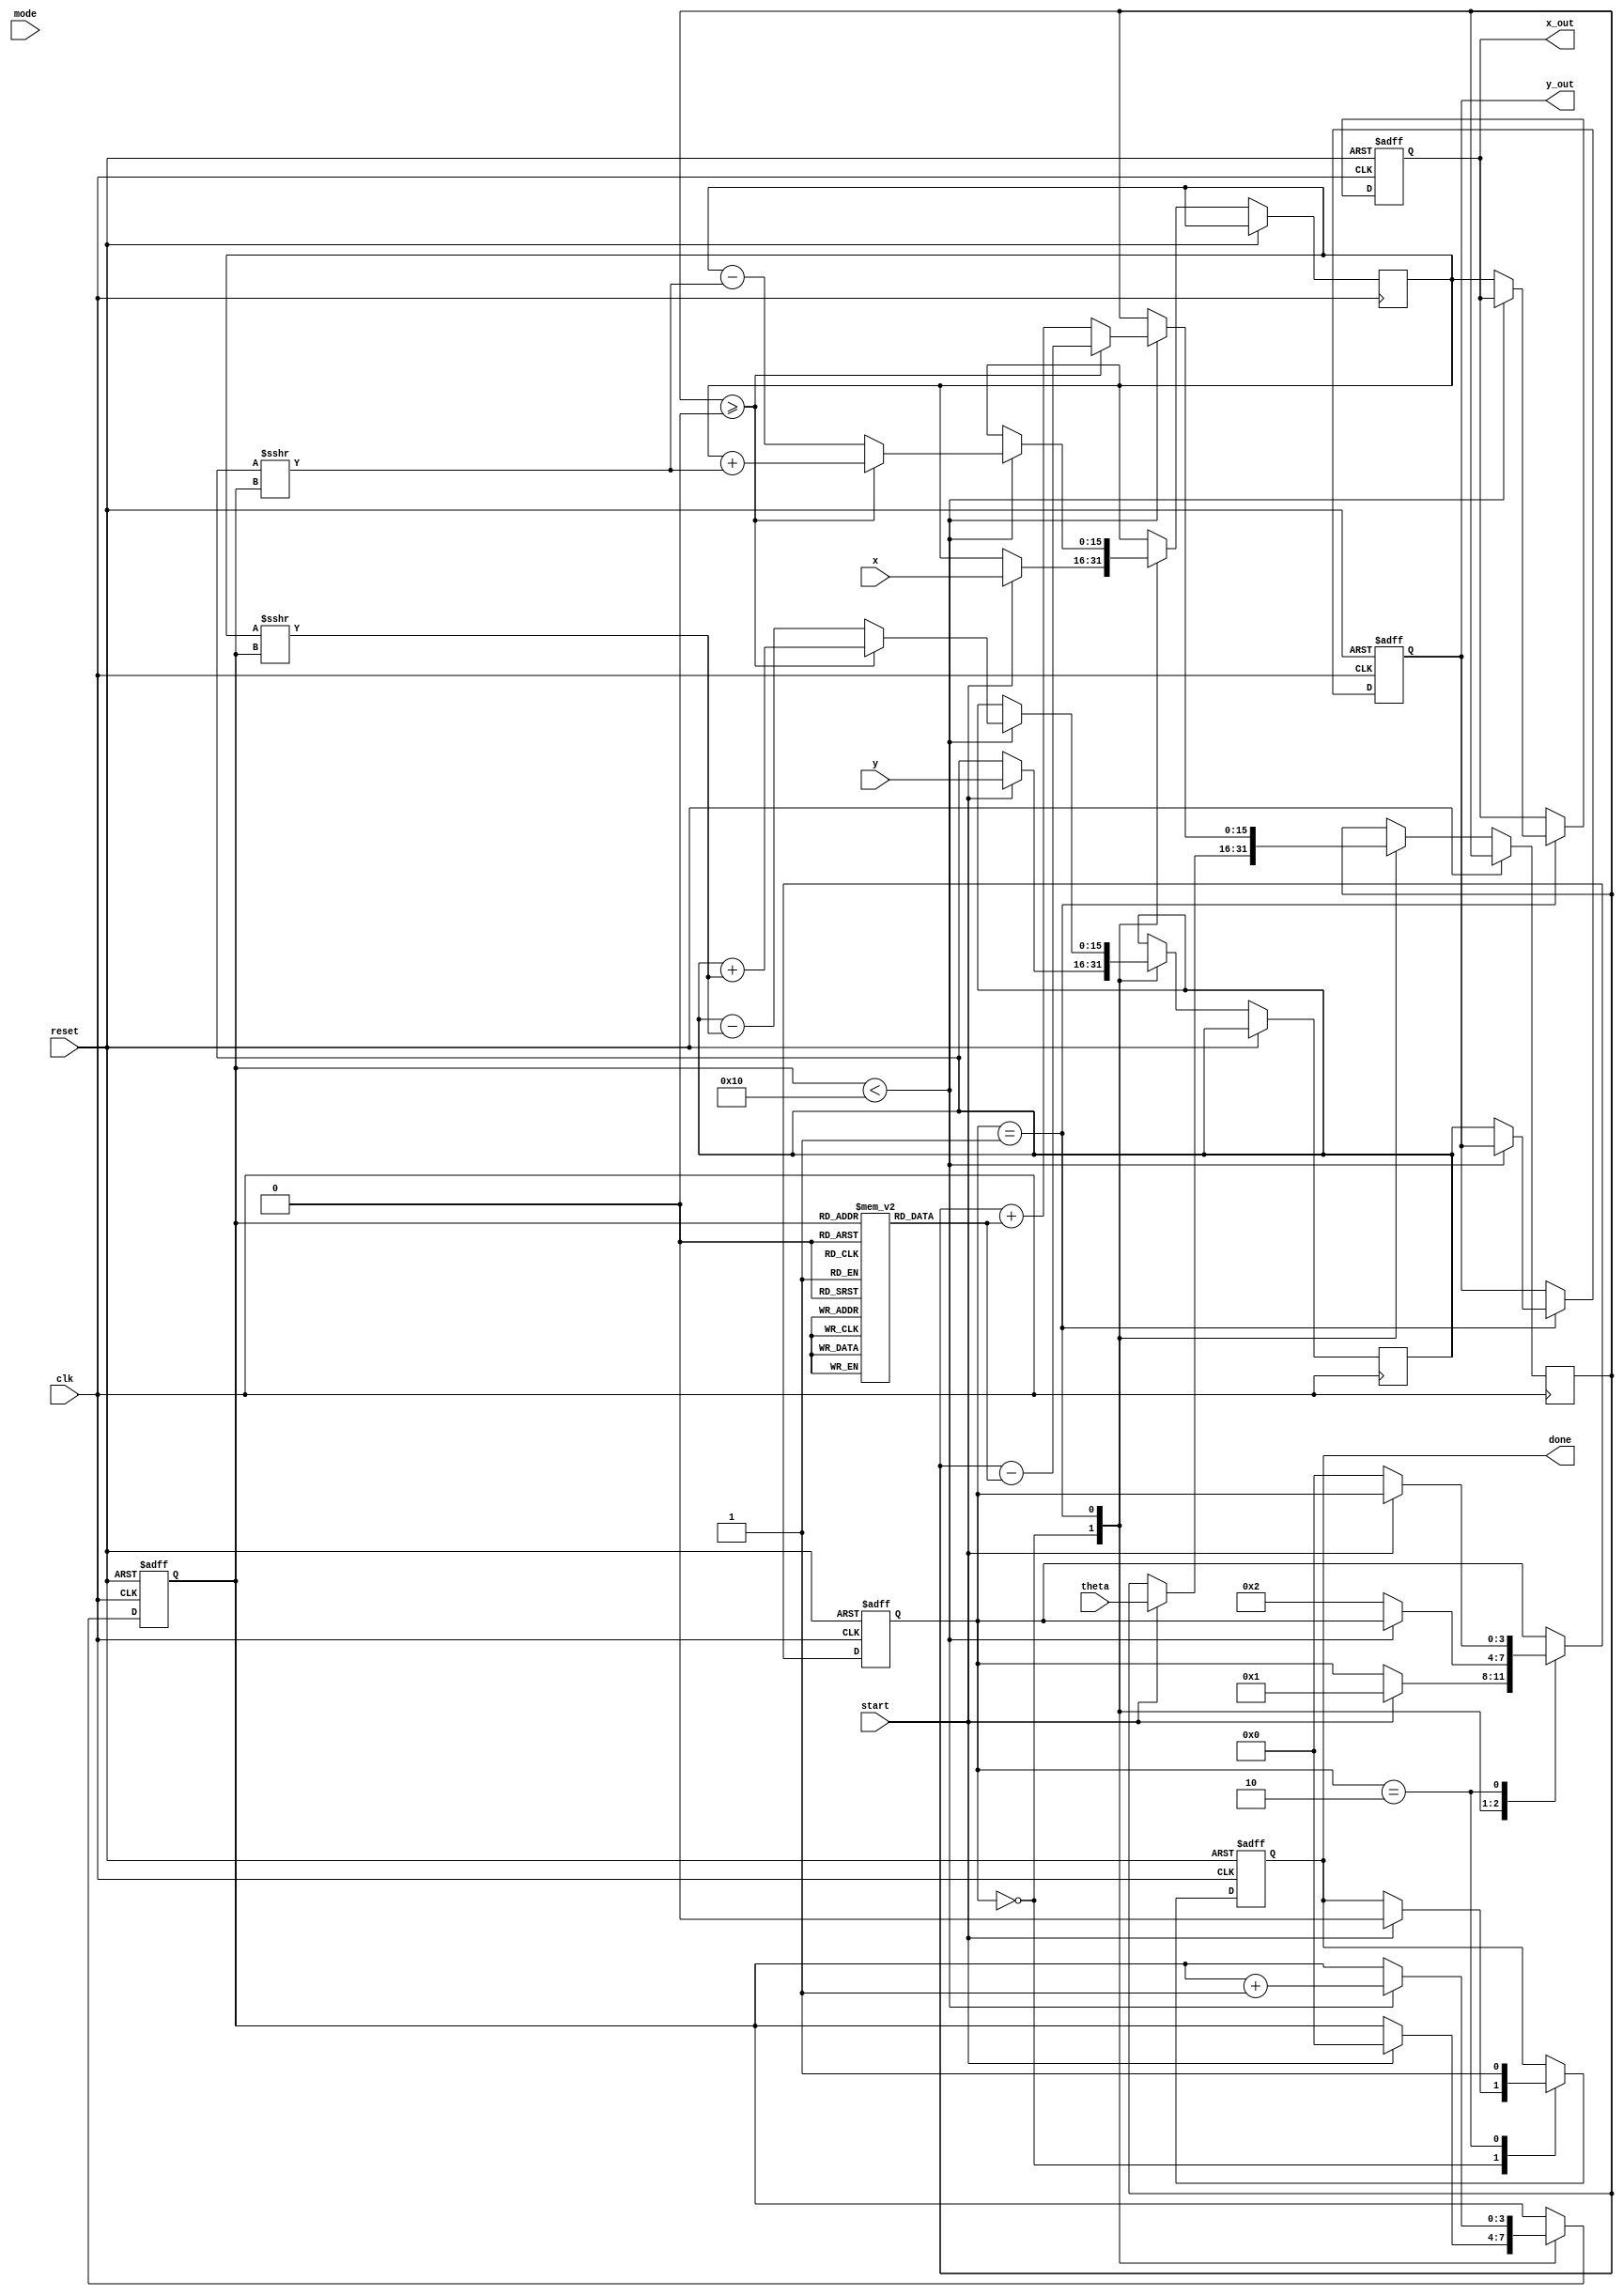
module hyperbolic_cordic (
    input wire signed [15:0] x,        // Initial x-coordinate
    input wire signed [15:0] y,        // Initial y-coordinate
    input wire signed [15:0] theta,     // Angle in radians (fixed-point)
    input wire mode,                   // Mode: 0 for circular, 1 for hyperbolic
    input wire start,                  // Start signal
    input wire clk,                    // Clock signal
    input wire reset,                  // Reset signal
    output reg signed [15:0] x_out,    // Output for hyperbolic cosine
    output reg signed [15:0] y_out,     // Output for hyperbolic sine
    output reg done                    // Done signal
);

    // Parameters
    parameter NUM_ITERATIONS = 16;     // Number of CORDIC iterations
    parameter FIXED_POINT_SCALE = 16;   // Scaling factor for fixed-point representation

    // Internal signals
    reg signed [15:0] x_reg, y_reg;    // Registers for x and y
    reg signed [15:0] z_reg;            // Register for angle
    reg [3:0] state;                    // State register
    reg [3:0] iteration;                // Iteration counter
    reg [15:0] angle_lut [0:NUM_ITERATIONS-1]; // Angle lookup table

    // State encoding
    localparam IDLE = 0, COMPUTE = 1, DONE = 2;

    // Initialize angle lookup table for hyperbolic functions
    initial begin
        angle_lut[0] = 16'h0000; // 0
        angle_lut[1] = 16'h4000; // atanh(1/2) in fixed-point
        angle_lut[2] = 16'h6000; // atanh(1/4) in fixed-point
        // Fill in the rest of the LUT with appropriate values
        // ...
    end

    // State machine
    always @(posedge clk or posedge reset) begin
        if (reset) begin
            state <= IDLE;
            done <= 0;
            iteration <= 0;
            x_out <= 0;
            y_out <= 0;
        end else begin
            case (state)
                IDLE: begin
                    if (start) begin
                        x_reg <= x;
                        y_reg <= y;
                        z_reg <= theta;
                        iteration <= 0;
                        state <= COMPUTE;
                        done <= 0;
                    end
                end

                COMPUTE: begin
                    if (iteration < NUM_ITERATIONS) begin
                        // CORDIC rotation logic
                        if (z_reg >= 0) begin
                            // Hyperbolic rotation
                            x_reg <= x_reg + (y_reg >>> iteration);
                            y_reg <= y_reg + (x_reg >>> iteration);
                            z_reg <= z_reg - angle_lut[iteration];
                        end else begin
                            // Hyperbolic rotation
                            x_reg <= x_reg - (y_reg >>> iteration);
                            y_reg <= y_reg - (x_reg >>> iteration);
                            z_reg <= z_reg + angle_lut[iteration];
                        end
                        iteration <= iteration + 1;
                    end else begin
                        // Final output assignment
                        x_out <= x_reg; // Hyperbolic cosine
                        y_out <= y_reg; // Hyperbolic sine
                        state <= DONE;
                    end
                end

                DONE: begin
                    done <= 1; // Indicate computation is done
                    if (!start) begin
                        state <= IDLE; // Go back to IDLE state
                    end
                end
            endcase
        end
    end

endmodule